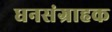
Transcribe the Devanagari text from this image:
धनसंग्राहक